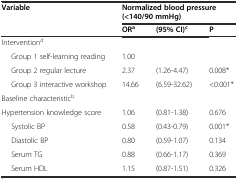
<table><thead><tr><td rowspan="2"><b>Variable</b></td><td colspan="3"><b>Normalized blood pressure (&lt;140/90 mmHg)</b></td></tr><tr><td><b>OR<sup>a</sup></b></td><td><b>(95% CI)<sup>c</sup></b></td><td><b>P</b></td></tr></thead><tbody><tr><td>Intervention<sup>d</sup></td><td></td><td></td><td></td></tr><tr><td>Group 1 self-learning reading</td><td>1.00</td><td></td><td></td></tr><tr><td>Group 2 regular lecture</td><td>2.37</td><td>(1.26-4.47)</td><td>0.008*</td></tr><tr><td>Group 3 interactive workshop</td><td>14.66</td><td>(6.59-32.62)</td><td>&lt;0.001*</td></tr><tr><td>Baseline characteristic<sup>b</sup></td><td></td><td></td><td></td></tr><tr><td>Hypertension knowledge score</td><td>1.06</td><td>(0.81-1.38)</td><td>0.676</td></tr><tr><td>Systolic BP</td><td>0.58</td><td>(0.43-0.79)</td><td>0.001*</td></tr><tr><td>Diastolic BP</td><td>0.80</td><td>(0.59-1.07)</td><td>0.134</td></tr><tr><td>Serum TG</td><td>0.88</td><td>(0.66-1.17)</td><td>0.369</td></tr><tr><td>Serum HDL</td><td>1.15</td><td>(0.87-1.51)</td><td>0.326</td></tr></tbody></table>